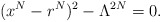
\begin{align*}(x^{N}-r^N)^2-\Lambda^{2N}=0.\end{align*}